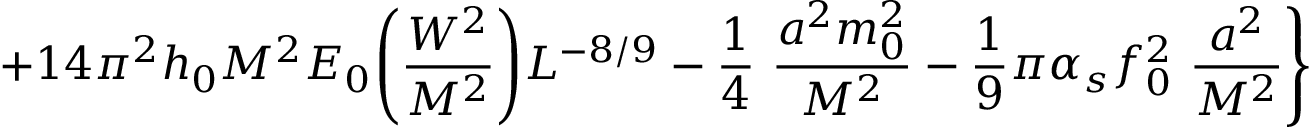
\left. + 1 4 \pi ^ { 2 } h _ { 0 } M ^ { 2 } E _ { 0 } \Biggl ( \frac { W ^ { 2 } } { M ^ { 2 } } \Biggr ) L ^ { - 8 / 9 } - \frac { 1 } { 4 } ~ \frac { a ^ { 2 } m _ { 0 } ^ { 2 } } { M ^ { 2 } } - \frac { 1 } { 9 } \pi \alpha _ { s } f _ { 0 } ^ { 2 } ~ \frac { a ^ { 2 } } { M ^ { 2 } } \right\}